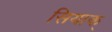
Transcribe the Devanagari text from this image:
सियाक्